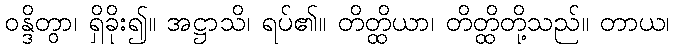
ဝန္ဒိတွာ၊ ရှိခိုး၍။ အဋ္ဌာသိ၊ ရပ်၏။ တိတ္ထိယာ၊ တိတ္ထိတို့သည်။ တာယ၊